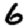
Digit: 6